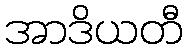
အာဒိယတီ